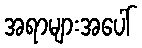
အရာများအပေါ်